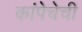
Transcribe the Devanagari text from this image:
कांपेचेची